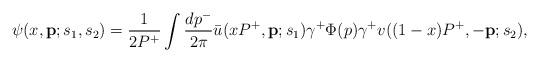
LaTeX: \begin{align*}\psi(x,{\bf p};s_1,s_2)= {1 \over {2P^+}} \int {dp^- \over {2\pi}}\bar u(xP^+,{\bf p};s_1) \gamma^+ \Phi(p)\gamma^+ v((1-x)P^+,-{\bf p};s_2),\end{align*}